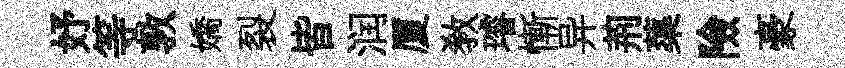
妤等敦嬌裂皆润厦教璿慚异荊蕖險豪